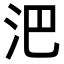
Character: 𣲩